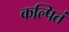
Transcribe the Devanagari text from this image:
कल्पितं